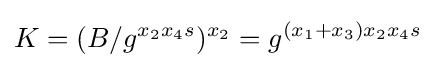
K=(B/g^{x_{2}x_{4}s})^{x_{2}}=g^{(x_{1}+x_{3})x_{2}x_{4}s}